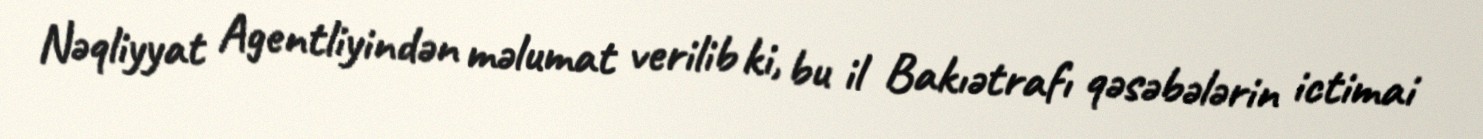
Nəqliyyat Agentliyindən məlumat verilib ki, bu il Bakıətrafı qəsəbələrin ictimai